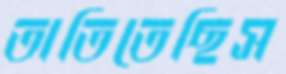
তাতিতেছিস